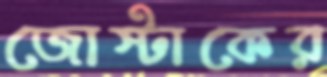
জোস্টাকের